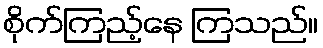
စိုက်ကြည့်နေ ကြသည်။